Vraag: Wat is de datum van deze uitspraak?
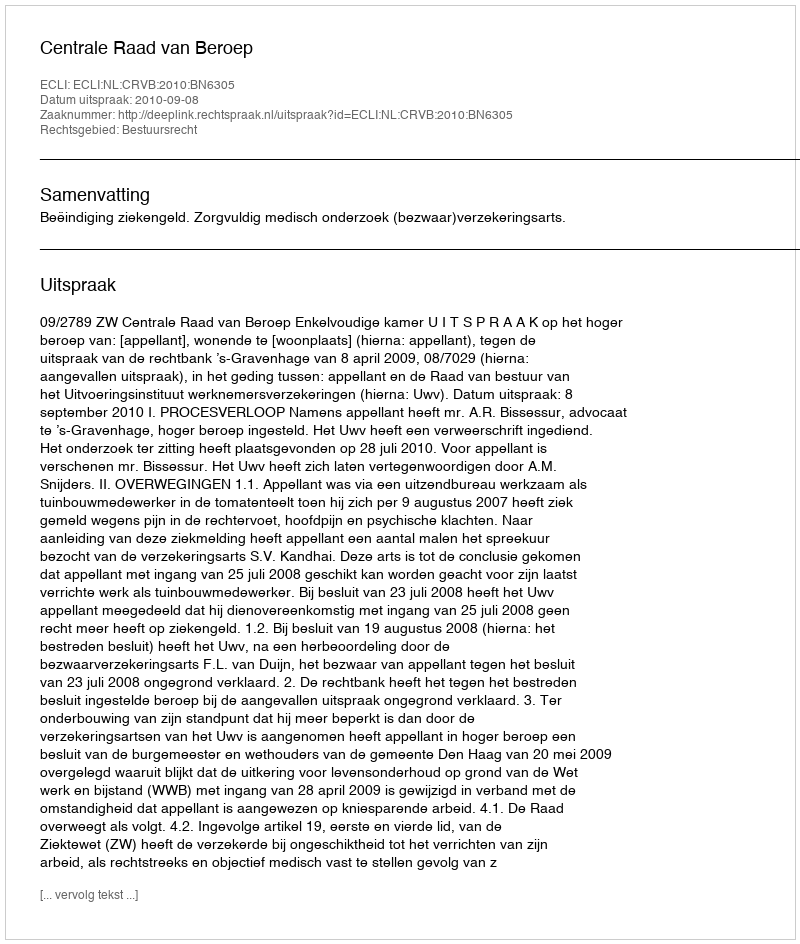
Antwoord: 2010-09-08